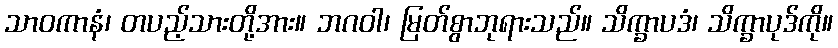
သာဝကာနံ၊ တပည့်သားတို့အား။ ဘဂဝါ၊ မြတ်စွာဘုရားသည်။ သိက္ခာပဒံ၊ သိက္ခာပုဒ်ကို။